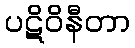
ပဋိဝိနီတာ